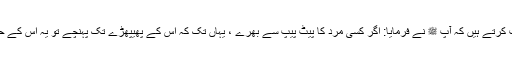
1508: سیدنا سعد بن ابی وقاصؓ نبیﷺ سے روایت کرتے ہیں کہ آپ ﷺ نے فرمایا: اگر کسی مرد کا پیٹ پیپ سے بھرے ، یہاں تک کہ اس کے پھیپھڑے تک پہنچے تو یہ اس کے حق میں شعروں سے اپنا پیٹ بھرنے سے بہتر ہے۔